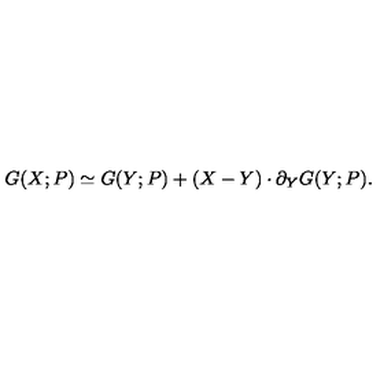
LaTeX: G ( X ; P ) \simeq G ( Y ; P ) + ( X - Y ) \cdot \partial _ { Y } G ( Y ; P ) .